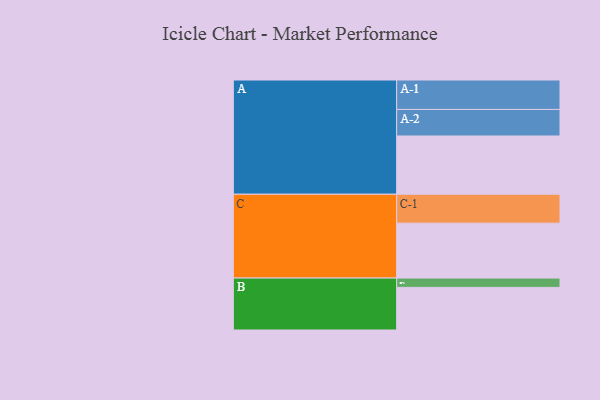
{"axis": {"x": "Segment", "y": "Value"}, "legend": ["", "A", "B", "C"], "data": [{"x": "A", "y": 544, "type": ""}, {"x": "B", "y": 398, "type": ""}, {"x": "C", "y": 513, "type": ""}, {"x": "A-1", "y": 275, "type": "A"}, {"x": "A-2", "y": 248, "type": "A"}, {"x": "B-1", "y": 87, "type": "B"}, {"x": "C-1", "y": 270, "type": "C"}]}